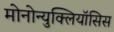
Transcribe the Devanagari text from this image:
मोनोन्युक्लियॉसिस